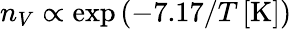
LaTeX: n_{V}\propto\exp\left(-7.17/T\left[\mathrm{K}\right]\right)